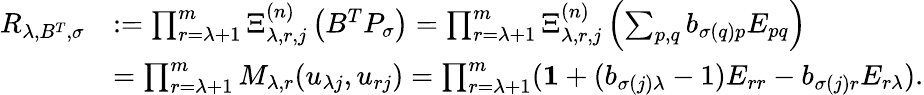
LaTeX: \begin{array}{rl}{R_{\lambda,B^{T},\sigma}}&{:=\prod_{r=\lambda+1}^{m}\Xi_{\lambda,r,j}^{(n)}\left(B^{T}P_{\sigma}\right)=\prod_{r=\lambda+1}^{m}\Xi_{\lambda,r,j}^{(n)}\left(\sum_{p,q}b_{\sigma(q)p}E_{pq}\right)}\\ &{=\prod_{r=\lambda+1}^{m}M_{\lambda,r}(u_{\lambda j},u_{rj})=\prod_{r=\lambda+1}^{m}(\boldsymbol{1}+(b_{\sigma(j)\lambda}-1)E_{rr}-b_{\sigma(j)r}E_{r\lambda}).}\end{array}